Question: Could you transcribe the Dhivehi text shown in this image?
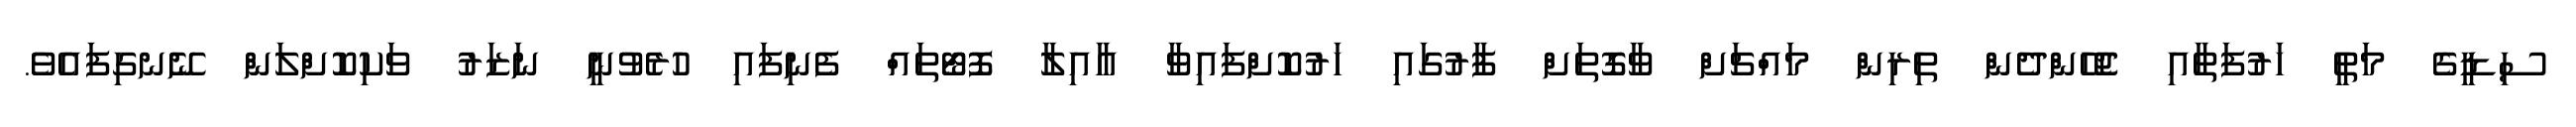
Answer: ސިޑީގެ މަތީ ހަރުފަތާއި ޖެހޭންދެން ތިރިން މައްޗަށް ވާގޮތަށް ފާރުގައި ހަރުކޮށްފައިވާ އާއިލާ ފޮޓޯތައް ފެނިފައި ހުރެވުނީ ނަޒަރު ވަކިކޮށްލަން ނޭނގިފައެވެ.